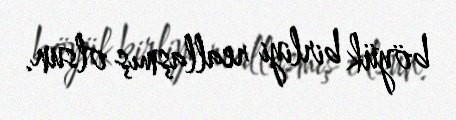
böyük birliyi reallaşmış olsun.